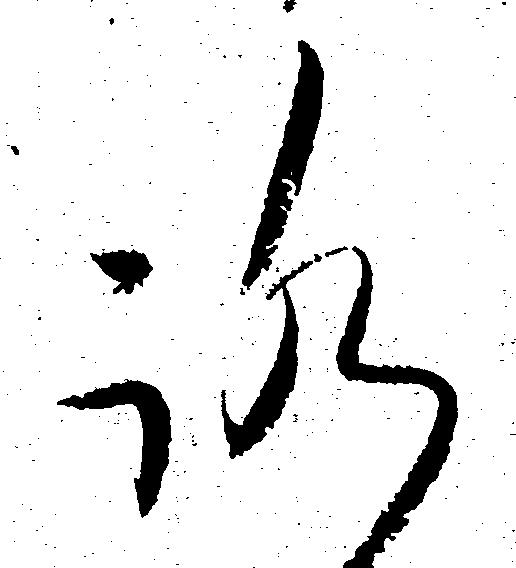
ろ